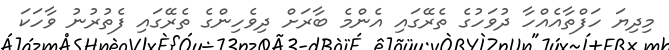
މިދިޔަ ހަފްތާއެއްހާ ދުވަހުގެ ތެރޭގައި އެންމެ ބާރަށް ދިވެހިންގެ ތެރޭގައި ފެތުރުނު ވާހަކަ